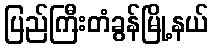
ပြည်ကြီးတံခွန်မြို့နယ်